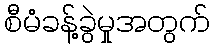
စီမံခန့်ခွဲမှုအတွက်